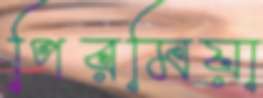
পিরমিয়া